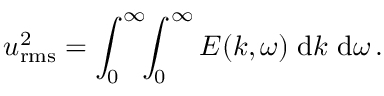
u _ { \mathrm { r m s } } ^ { 2 } = \int _ { 0 } ^ { \infty } \! \! \int _ { 0 } ^ { \infty } E ( k , \omega ) \; \mathrm { d } k \ \mathrm { d } \omega \, .